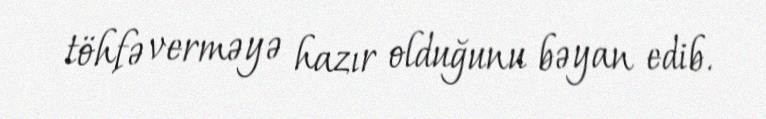
töhfə verməyə hazır olduğunu bəyan edib.